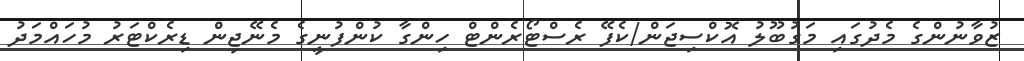
ޒުވާނުންގެ މެދުގައި މަގުބޫލު އޮކްސިޖަން/ކެފޭ ރެސްޓޯރެންޓް ހިންގާ ކުންފުނީގެ މެނޭޖިން ޑިރެކްޓަރު މުހައްމަދު